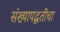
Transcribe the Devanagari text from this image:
संख्यापद्धतींचा